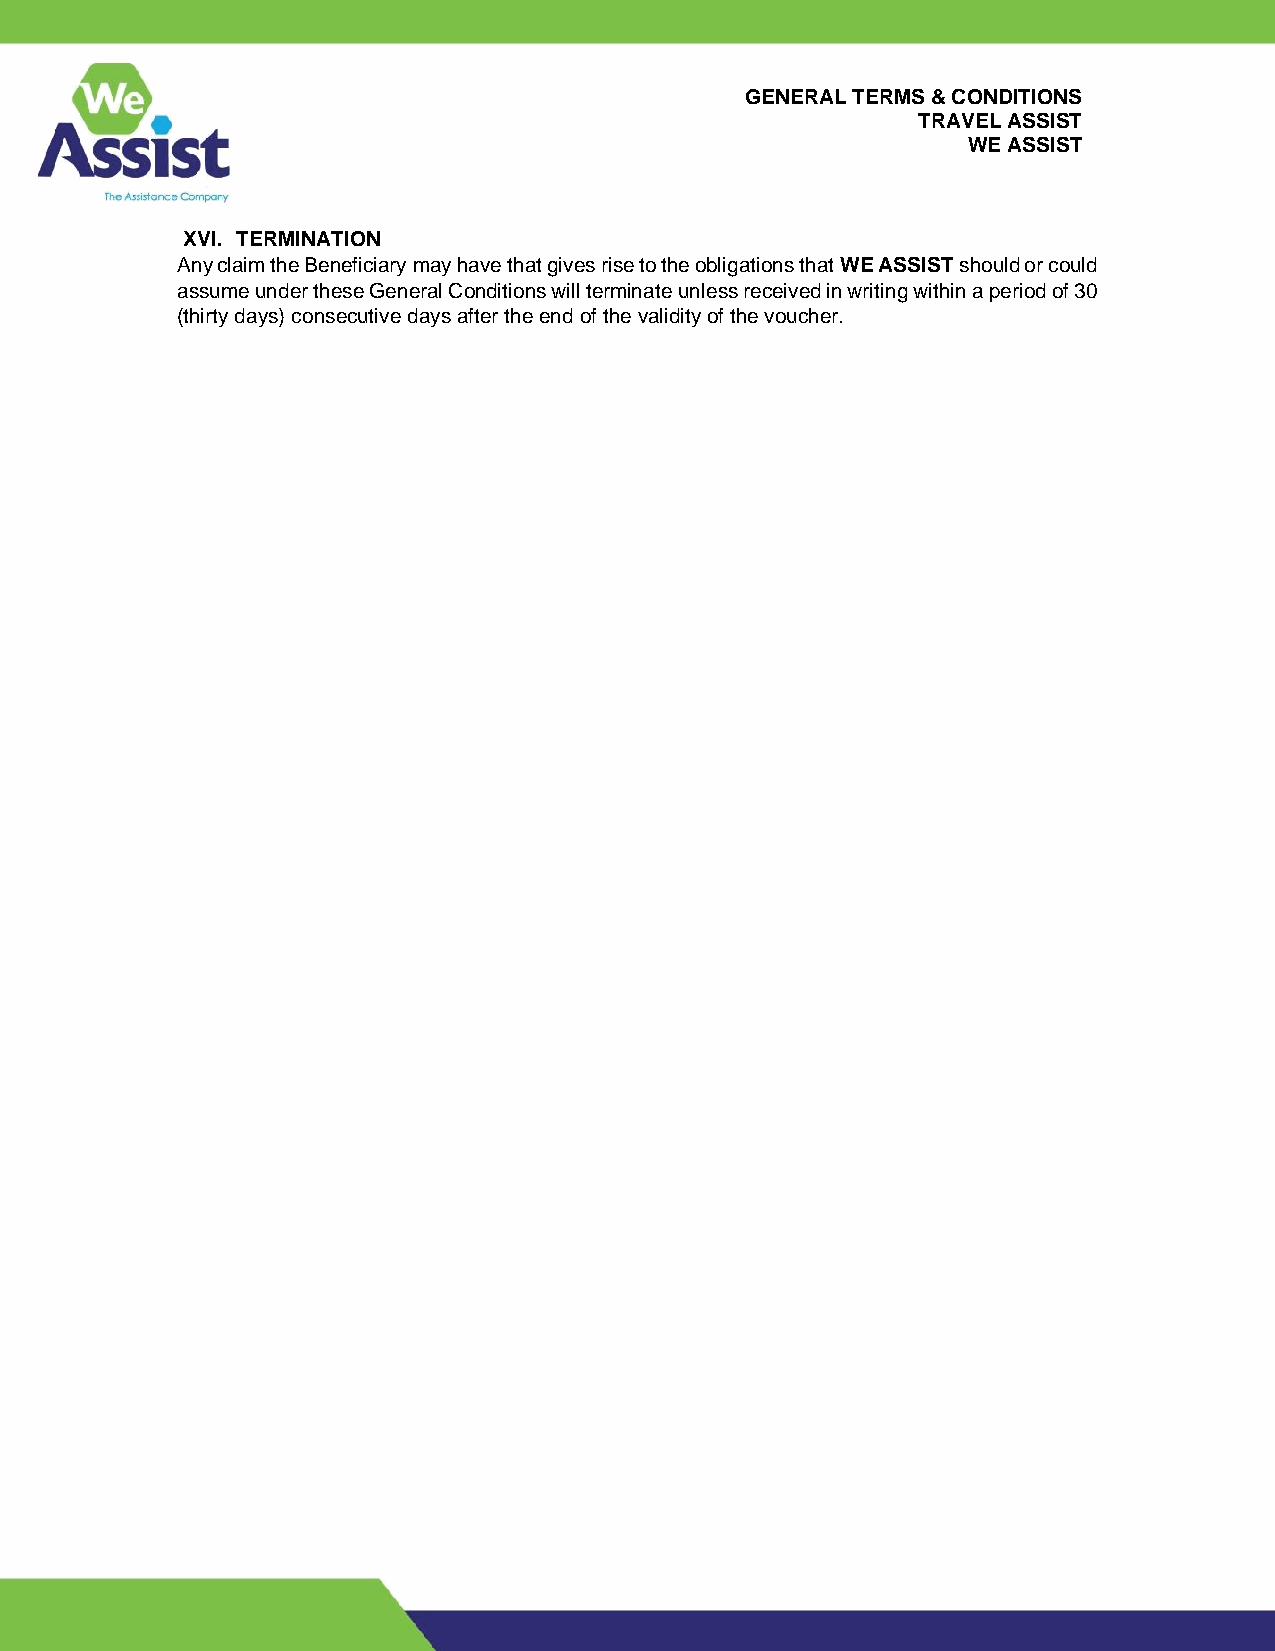
GENERAL TERMS & CONDITIONS
 TRAVEL ASSIST
 WE ASSIST
 XVI. TERMINATION
 Any claim the Beneficiary may have that gives rise to the obligations that WE ASSIST should or could
 assume under these General Conditions will terminate unless received in writing within a period of 30
 (thirty days) consecutive days after the end of the validity of the voucher.